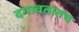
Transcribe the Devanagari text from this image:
दगावतातच